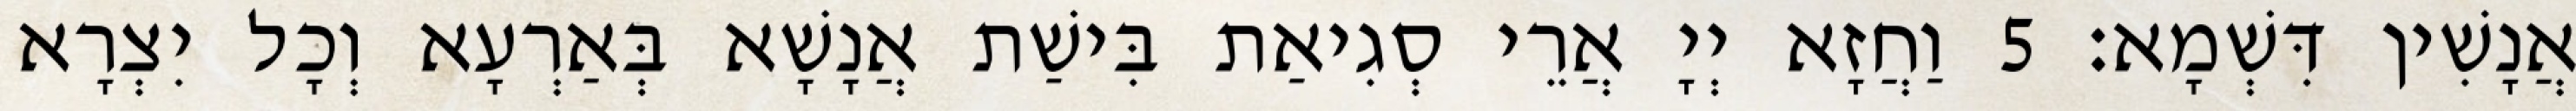
אֲנָשִׁין דִּשְׁמָא׃ 5 וַחֲזָא יְיָ אֲרֵי סְגִיאַת בִּישַׁת אֲנָשָׁא בְּאַרְעָא וְכָל יִצְרָא